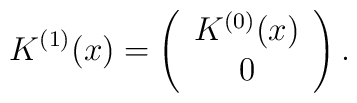
K^{(1)}(x)=\left(\begin{array}{c}K^{(0)}(x)\\0\end{array}\right).